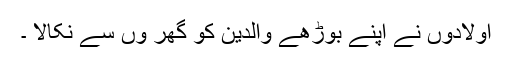
اولادوں نے اپنے بوڑھے والدین کو گھر وں سے نکالا ۔